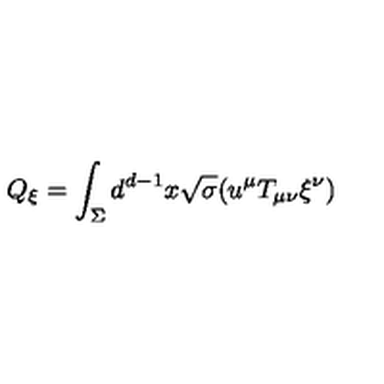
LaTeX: Q _ { \xi } = \int _ { \Sigma } d ^ { d - 1 } x \sqrt { \sigma } ( u ^ { \mu } T _ { \mu \nu } \xi ^ { \nu } )